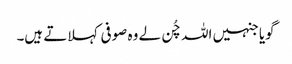
گویا جنہیں اللہ چُن لے وہ صوفی کہلاتے ہیں۔